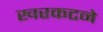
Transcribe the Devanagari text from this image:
खरकटने